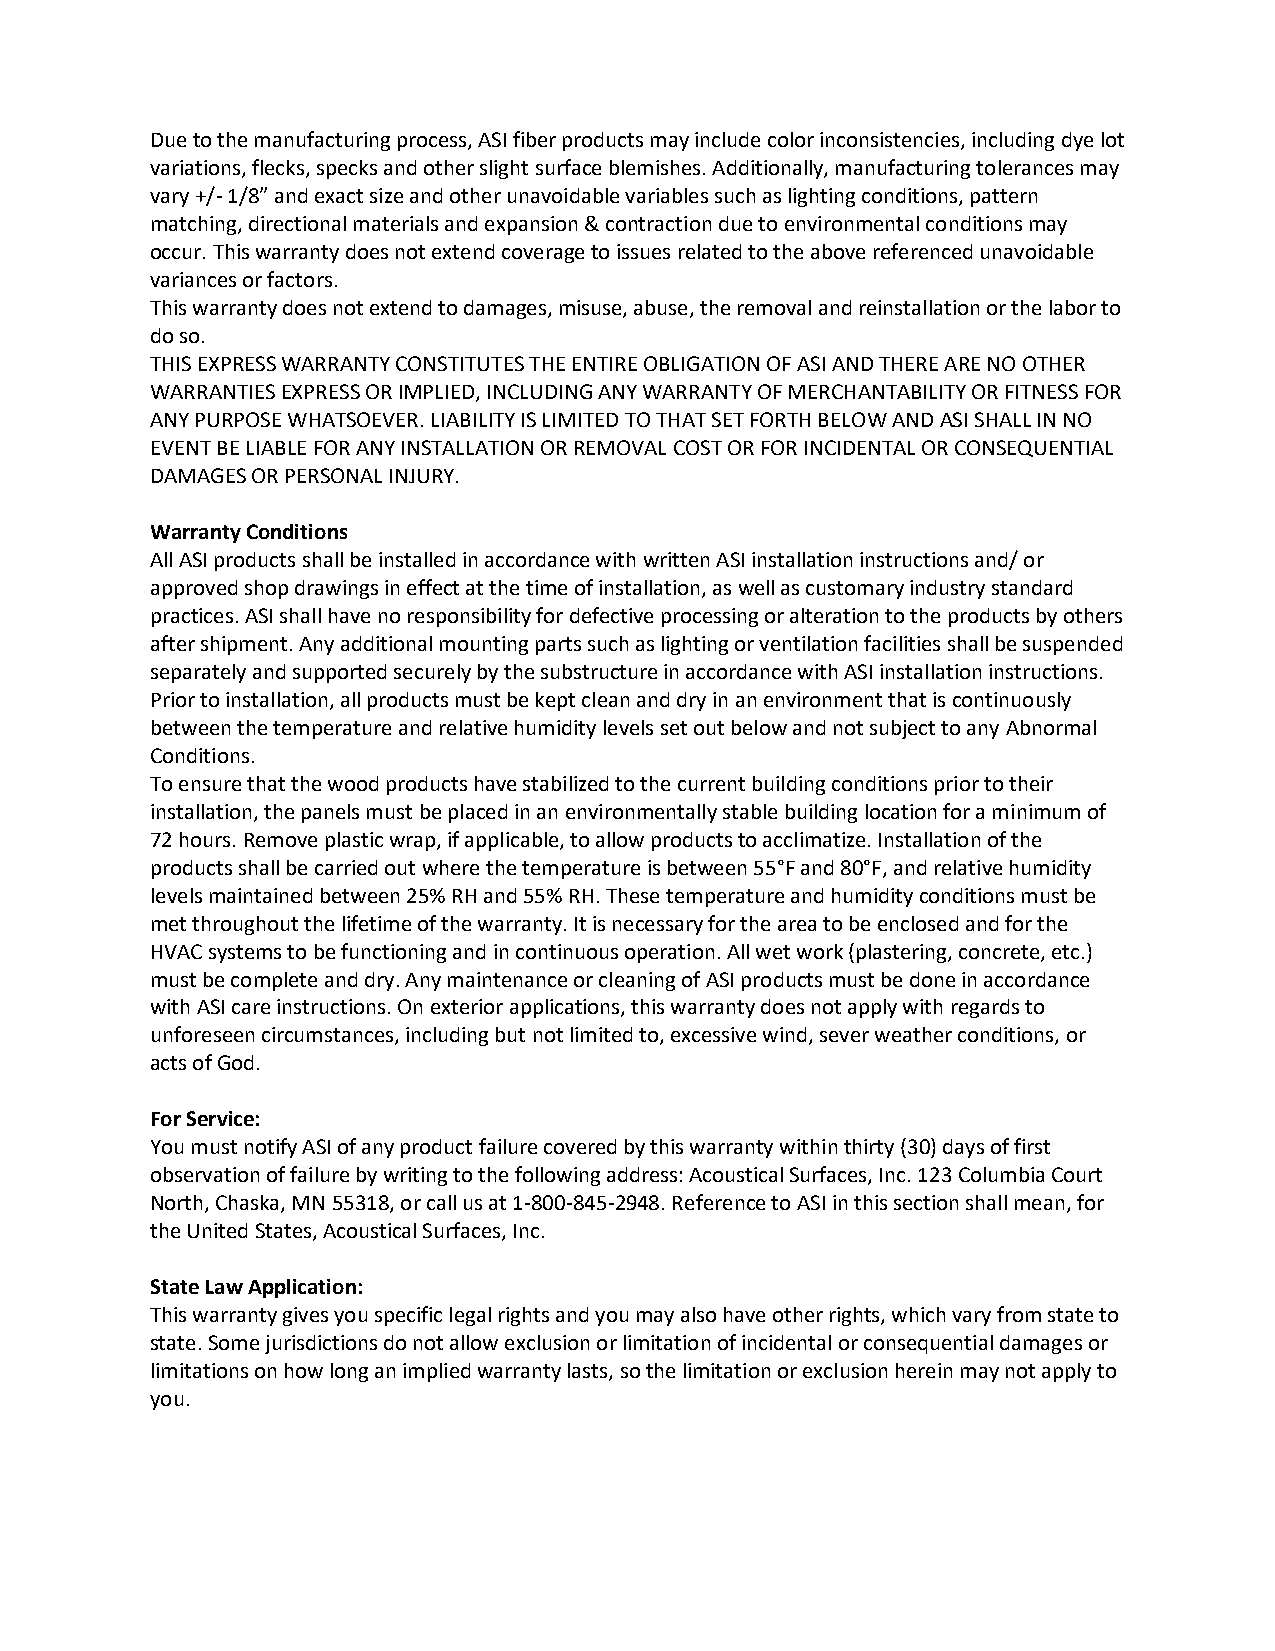
Due to the manufacturing process, ASI fiber products may include color inconsistencies, including dye lot
 variations, flecks, specks and other slight surface blemishes. Additionally, manufacturing tolerances may
 vary +/- 1/8” and exact size and other unavoidable variables such as lighting conditions, pattern
 matching, directional materials and expansion & contraction due to environmental conditions may
 occur. This warranty does not extend coverage to issues related to the above referenced unavoidable
 variances or factors.
 This warranty does not extend to damages, misuse, abuse, the removal and reinstallation or the labor to
 do so.
 THIS EXPRESS WARRANTY CONSTITUTES THE ENTIRE OBLIGATION OF ASI AND THERE ARE NO OTHER
 WARRANTIES EXPRESS OR IMPLIED, INCLUDING ANY WARRANTY OF MERCHANTABILITY OR FITNESS FOR
 ANY PURPOSE WHATSOEVER. LIABILITY IS LIMITED TO THAT SET FORTH BELOW AND ASI SHALL IN NO
 EVENT BE LIABLE FOR ANY INSTALLATION OR REMOVAL COST OR FOR INCIDENTAL OR CONSEQUENTIAL
 DAMAGES OR PERSONAL INJURY.
 Warranty Conditions
 All ASI products shall be installed in accordance with written ASI installation instructions and/ or
 approved shop drawings in effect at the time of installation, as well as customary industry standard
 practices. ASI shall have no responsibility for defective processing or alteration to the products by others
 after shipment. Any additional mounting parts such as lighting or ventilation facilities shall be suspended
 separately and supported securely by the substructure in accordance with ASI installation instructions.
 Prior to installation, all products must be kept clean and dry in an environment that is continuously
 between the temperature and relative humidity levels set out below and not subject to any Abnormal
 Conditions.
 To ensure that the wood products have stabilized to the current building conditions prior to their
 installation, the panels must be placed in an environmentally stable building location for a minimum of
 72 hours. Remove plastic wrap, if applicable, to allow products to acclimatize. Installation of the
 products shall be carried out where the temperature is between 55°F and 80°F, and relative humidity
 levels maintained between 25% RH and 55% RH. These temperature and humidity conditions must be
 met throughout the lifetime of the warranty. It is necessary for the area to be enclosed and for the
 HVAC systems to be functioning and in continuous operation. All wet work (plastering, concrete, etc.)
 must be complete and dry. Any maintenance or cleaning of ASI products must be done in accordance
 with ASI care instructions. On exterior applications, this warranty does not apply with regards to
 unforeseen circumstances, including but not limited to, excessive wind, sever weather conditions, or
 acts of God.
 For Service:
 You must notify ASI of any product failure covered by this warranty within thirty (30) days of first
 observation of failure by writing to the following address: Acoustical Surfaces, Inc. 123 Columbia Court
 North, Chaska, MN 55318, or call us at 1-800-845-2948. Reference to ASI in this section shall mean, for
 the United States, Acoustical Surfaces, Inc.
 State Law Application:
 This warranty gives you specific legal rights and you may also have other rights, which vary from state to
 state. Some jurisdictions do not allow exclusion or limitation of incidental or consequential damages or
 limitations on how long an implied warranty lasts, so the limitation or exclusion herein may not apply to
 you.